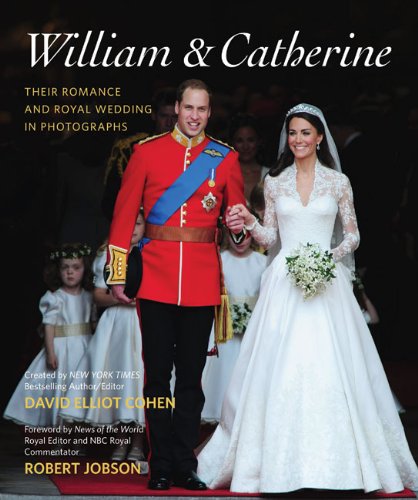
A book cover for William & Catherine: Their Romance and Royal Wedding in Photographs; David Elliot Cohen; Crafts, Hobbies & Home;